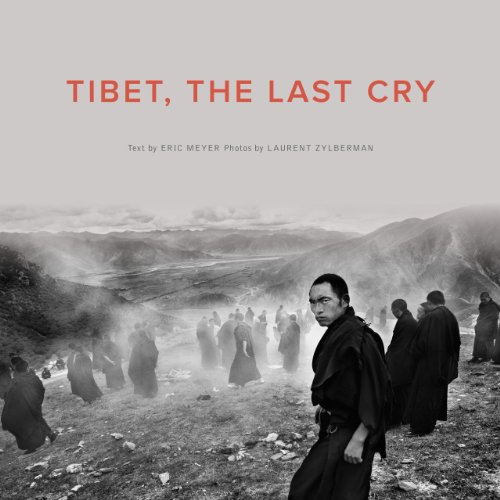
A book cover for Tibet, the Last Cry; Eric Meyer; Travel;